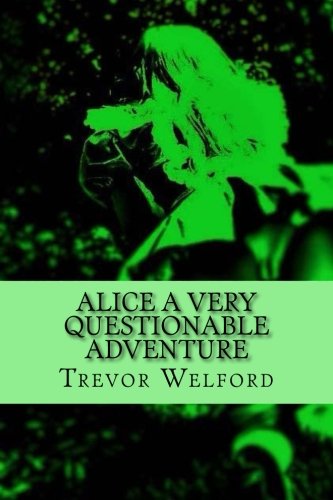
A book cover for Alice a Very Questionable Adventure; Trevor A Welford; Romance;